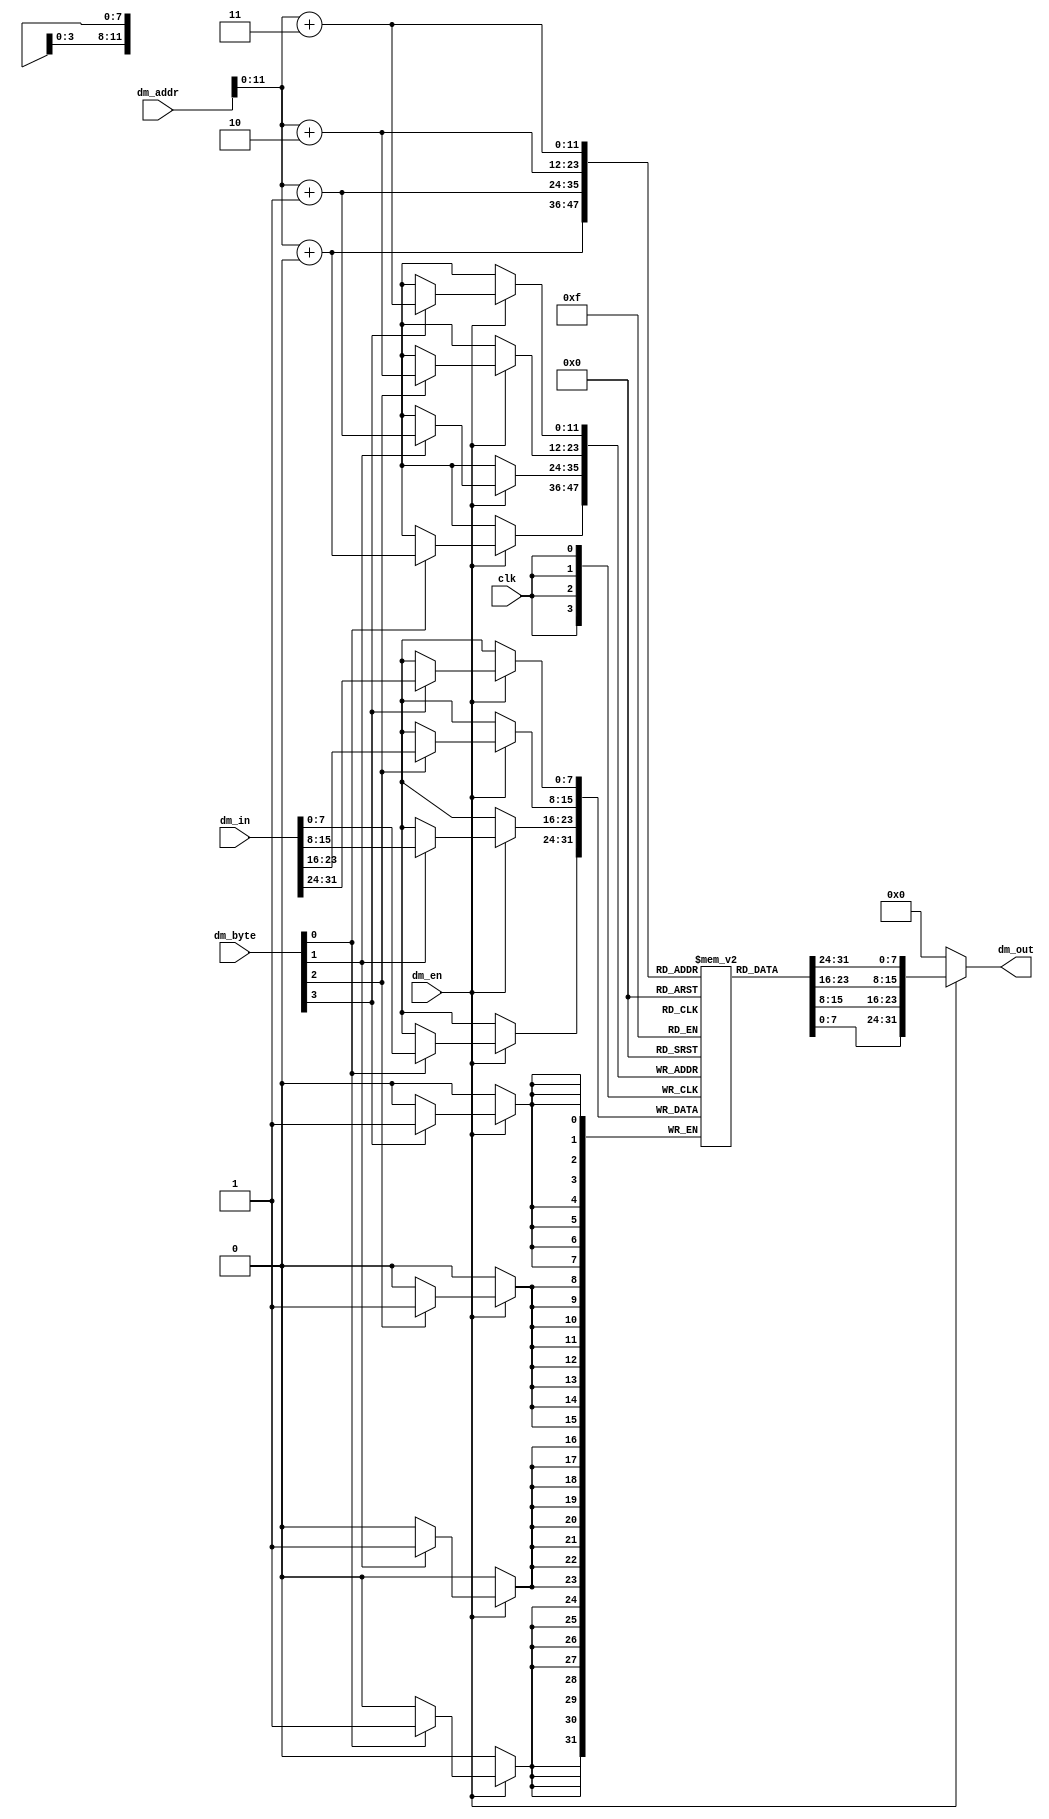
module dm(
    input clk,
    input [3:0] dm_byte,
    input dm_en,
    input [31:0] dm_addr,
    input [31:0] dm_in,
    output[31:0] dm_out
);
    parameter  width = 10 ;
    parameter  cnt = 1<<(width+2) -1 ;
    reg [7:0] ram [0: cnt ] ;   
    integer i ;
    initial begin
        for(i=0; i<cnt ; i = i+1  ) ram[i]<=0;
    end
    //rd
    assign dm_out = dm_en ?  { ram[dm_addr[11:0]+3],ram[dm_addr[11:0]+2],ram[dm_addr[11:0]+1],ram[dm_addr[11:0]+0] } : 32'b0;

    //wr
    always@(posedge clk )begin
        if(dm_en)begin
            if(dm_byte[3]==1'b1) ram[dm_addr[11:0]+3] <= dm_in[31:24];
            if(dm_byte[2]==1'b1) ram[dm_addr[11:0]+2] <= dm_in[23:16];
            if(dm_byte[1]==1'b1) ram[dm_addr[11:0]+1] <= dm_in[15:8];
            if(dm_byte[0]==1'b1) ram[dm_addr[11:0]+0] <= dm_in[7:0];
        end
    end

    wire [7:0] a,b,c,d;
    assign a = ram[0];
endmodule